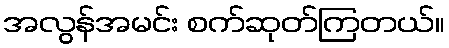
အလွန်အမင်း စက်ဆုတ်ကြတယ်။